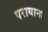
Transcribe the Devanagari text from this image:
परायाना